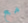
مع